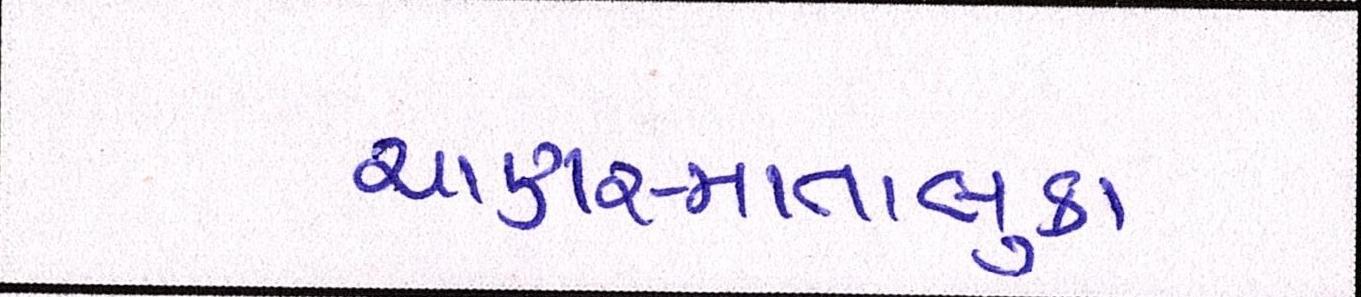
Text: ચાણસ્માતાલુકા